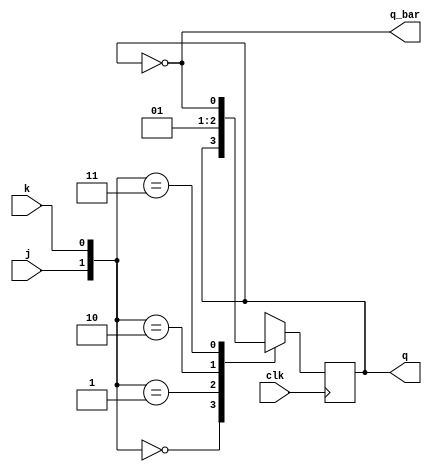
`timescale 1ns / 1ps
//////////////////////////////////////////////////////////////////////////////////
// Company: 
// Engineer: 
// 
// Design Name: 
// Module Name: jkff
// Project Name: 
// Target Devices: 
// Tool Versions: 
// Description: 
// 
// Dependencies: 
// 
// Revision:
// Revision 0.01 - File Created
// Additional Comments:
// 
//////////////////////////////////////////////////////////////////////////////////


module jkff(j,k,clk,q,q_bar);
input j,k,clk;
output  q,q_bar;
reg q;
assign q_bar= ~q;
always @(posedge clk)
begin

case({j,k})
2'b00: q<=q;
2'b01: q<=0;
2'b10: q<=1;
2'b11: q<=~q;
endcase
end
endmodule


module master_slave(s,r,clk,qn,qn_bar);
input s,r,clk;
output qn,qn_bar;


wire mq;
wire mq_bar;
wire mclk;
assign mclk= ~clk;


jkff Master(s,r,clk,mq,mq_bar);
jkff Slave(mq,mq_bar,mclk,qn,qn_bar);

endmodule